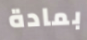
بمادة